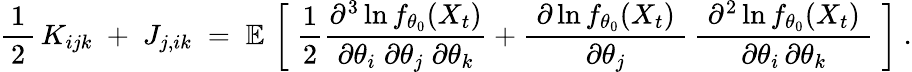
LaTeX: {\frac{1}{\, 2\, }}\, K_{ijk}\; +\; J_{j,ik}\; =\; \operatorname{\mathbb{E}}\, {\biggl[}\; {\frac{1}{2}}{\frac{\partial^{3}\ln f_{\theta_{0}}(X_{t})}{\partial\theta_{i}\; \partial\theta_{j}\; \partial\theta_{k}}}+{\frac{\; \partial\ln f_{\theta_{0}}(X_{t})\; }{\partial\theta_{j}}}\, {\frac{\; \partial^{2}\ln f_{\theta_{0}}(X_{t})\; }{\partial\theta_{i}\, \partial\theta_{k}}}\; {\biggr]}~.